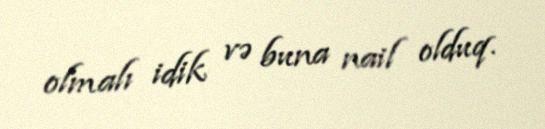
olmalı idik və buna nail olduq.